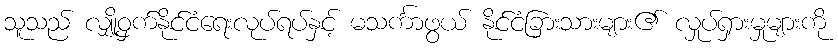
သူသည် လျှို့ဝှက်နိုင်ငံရေးလုပ်ရပ်နှင့် မသင်္ကာဖွယ် နိုင်ငံခြားသားများ၏ လှုပ်ရှားမှုများကို